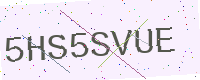
Text: 5HS5SVUE